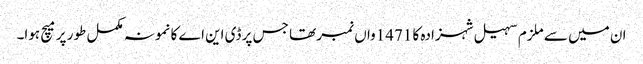
ان میں سے ملزم سہیل شہزادہ کا 1471واں نمبر تھا جس پر ڈی این اے کا نمونہ مکمل طور پر میچ ہوا۔